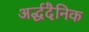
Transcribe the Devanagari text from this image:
अर्द्धदैनिक